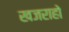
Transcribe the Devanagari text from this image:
खजराहो